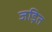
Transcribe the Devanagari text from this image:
जड़ित